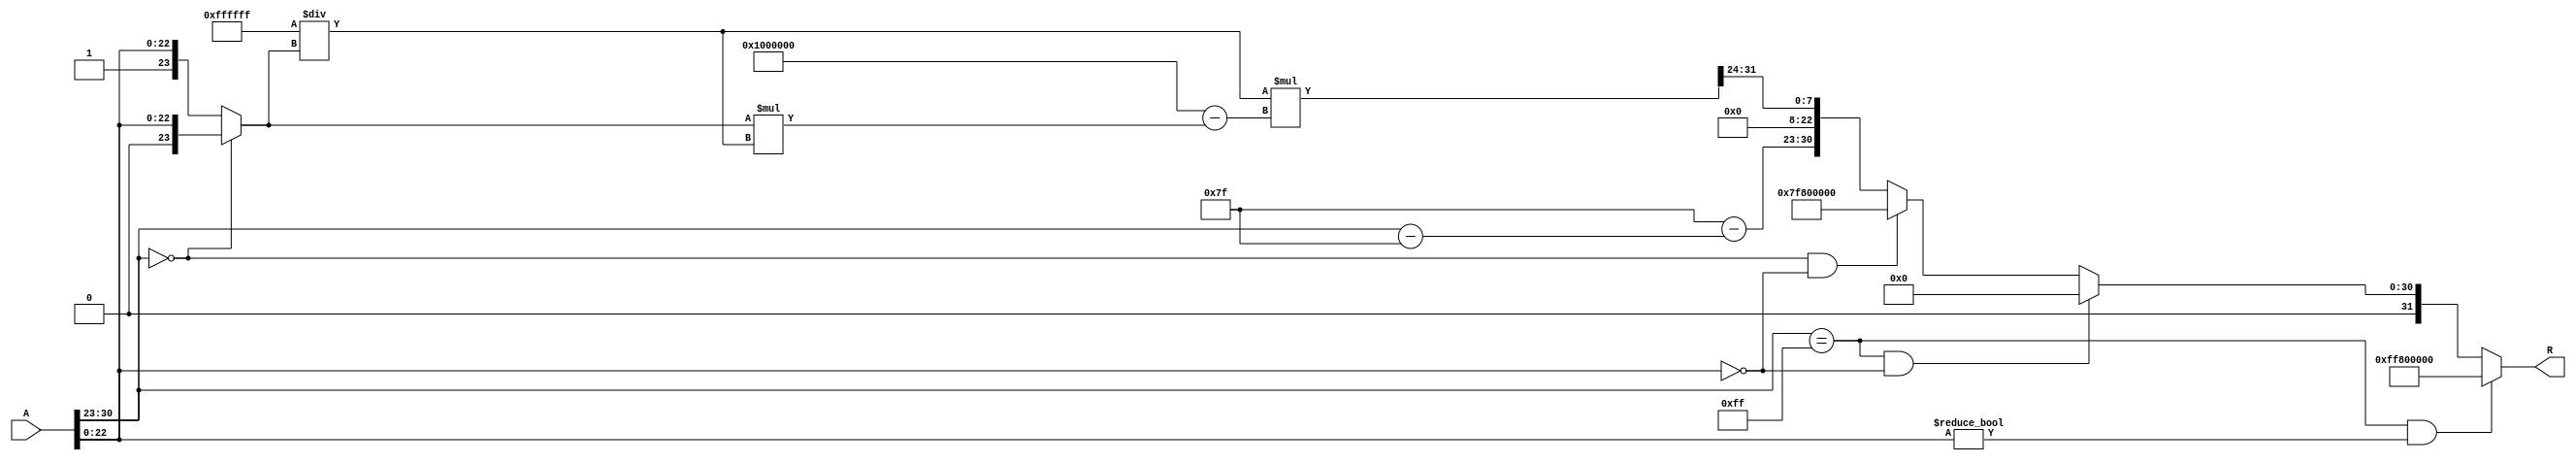
module floating_point_reciprocal (
    input wire [31:0] A,       // Input: 32-bit IEEE 754 floating-point number
    output reg [31:0] R        // Output: 32-bit IEEE 754 floating-point reciprocal
);

    // Constants
    localparam EXPONENT_BIAS = 127;
    localparam EXPONENT_WIDTH = 8;
    localparam MANTISSA_WIDTH = 23;

    // Internal signals
    wire sign;
    wire [EXPONENT_WIDTH-1:0] exponent;
    wire [MANTISSA_WIDTH-1:0] mantissa;
    wire [23:0] normalized_mantissa; // 1 bit hidden bit + 23 bits mantissa
    reg [31:0] reciprocal_mantissa;
    reg [EXPONENT_WIDTH-1:0] output_exponent;
    reg output_sign;

    // Extract sign, exponent, and mantissa
    assign sign = A[31];
    assign exponent = A[30:23];
    assign mantissa = A[22:0];

    // Handle special cases
    always @(*) begin
        // Default output
        R = 32'b0;

        // Check for NaN (Not a Number)
        if (exponent == 8'hFF && mantissa != 23'b0) begin
            R = {1'b1, 8'hFF, 23'b0}; // NaN
        end
        // Check for infinity
        else if (exponent == 8'hFF && mantissa == 23'b0) begin
            R = 32'b0; // Reciprocal of infinity is zero
        end
        // Check for zero
        else if (exponent == 8'b0 && mantissa == 23'b0) begin
            R = {1'b0, 8'hFF, 23'b0}; // Reciprocal of zero is infinity
        end
        // Normal case
        else begin
            // Normalize the input
            if (exponent == 0) begin
                // Denormalized number
                normalized_mantissa = {1'b0, mantissa}; // Implicit leading 0
                output_exponent = 1; // Exponent is -126
            end else begin
                // Normalized number
                normalized_mantissa = {1'b1, mantissa}; // Implicit leading 1
                output_exponent = exponent - EXPONENT_BIAS; // Adjust exponent
            end

            // Calculate reciprocal of the mantissa using a simple iterative method
            // Initial approximation (1/mantissa)
            reciprocal_mantissa = 24'hFFFFFF / normalized_mantissa; // Simple division for initial guess

            // Refine the approximation (Newton-Raphson method)
            reciprocal_mantissa = reciprocal_mantissa * (2**24 - normalized_mantissa * reciprocal_mantissa) >> 24; // 1st iteration

            // Calculate output exponent
            output_exponent = EXPONENT_BIAS - (exponent - EXPONENT_BIAS);

            // Set output sign (always positive for reciprocal)
            output_sign = 1'b0;

            // Assemble the output
            R = {output_sign, output_exponent, reciprocal_mantissa[22:0]};
        end
    end

endmodule